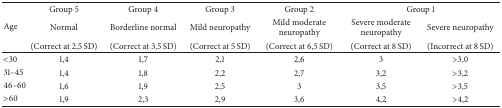
<table><thead><tr><td><b> </b></td><td><b>Group 5 </b></td><td><b>Group 4</b></td><td><b>Group 3</b></td><td><b>Group 2</b></td><td colspan="2"><b>Group 1</b></td></tr><tr><td><b>Age</b></td><td><b>Normal </b></td><td><b>Borderline normal </b></td><td><b>Mild neuropathy </b></td><td><b>Mild moderate neuropathy</b></td><td><b>Severe moderate neuropathy </b></td><td><b>Severe neuropathy </b></td></tr><tr><td><b> </b></td><td><b>(Correct at 2,5 SD)</b></td><td><b>(Correct at 3,5 SD)</b></td><td><b>(Correct at 5 SD)</b></td><td><b>(Correct at 6,5 SD)</b></td><td><b>(Correct at 8 SD)</b></td><td><b>(Incorrect at 8 SD)</b></td></tr></thead><tbody><tr><td>&lt;30</td><td>1,4</td><td>1,7</td><td>2,1</td><td>2,6</td><td>3</td><td>&gt;3,0</td></tr><tr><td>31–45</td><td>1,4</td><td>1,8</td><td>2,2</td><td>2,7</td><td>3,2</td><td>&gt;3,2</td></tr><tr><td>46–60</td><td>1,6</td><td>1,9</td><td>2,5</td><td>3</td><td>3,5</td><td>&gt;3,5</td></tr><tr><td>&gt;60</td><td>1,9</td><td>2,3</td><td>2,9</td><td>3,6</td><td>4,2</td><td>&gt;4,2</td></tr></tbody></table>